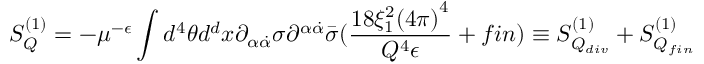
S _ { Q } ^ { ( 1 ) } = - \mu ^ { - \epsilon } \int d ^ { 4 } \theta d ^ { d } x \partial _ { \alpha \dot { \alpha } } \sigma \partial ^ { \alpha \dot { \alpha } } \bar { \sigma } ( \frac { 1 8 \xi _ { 1 } ^ { 2 } { ( 4 \pi ) } ^ { 4 } } { Q ^ { 4 } \epsilon } + f i n ) \equiv S _ { Q _ { d i v } } ^ { ( 1 ) } + S _ { Q _ { f i n } } ^ { ( 1 ) }